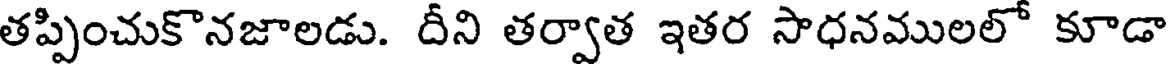
తప్పించుకొనజాలడు. దీని తర్వాత ఇతర సాధనములలో కూడా